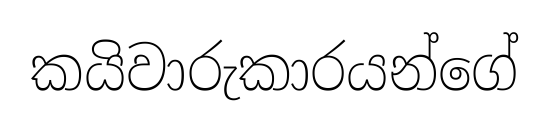
කයිවාරුකාරයන්ගේ